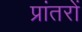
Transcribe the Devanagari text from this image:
प्रांतरों